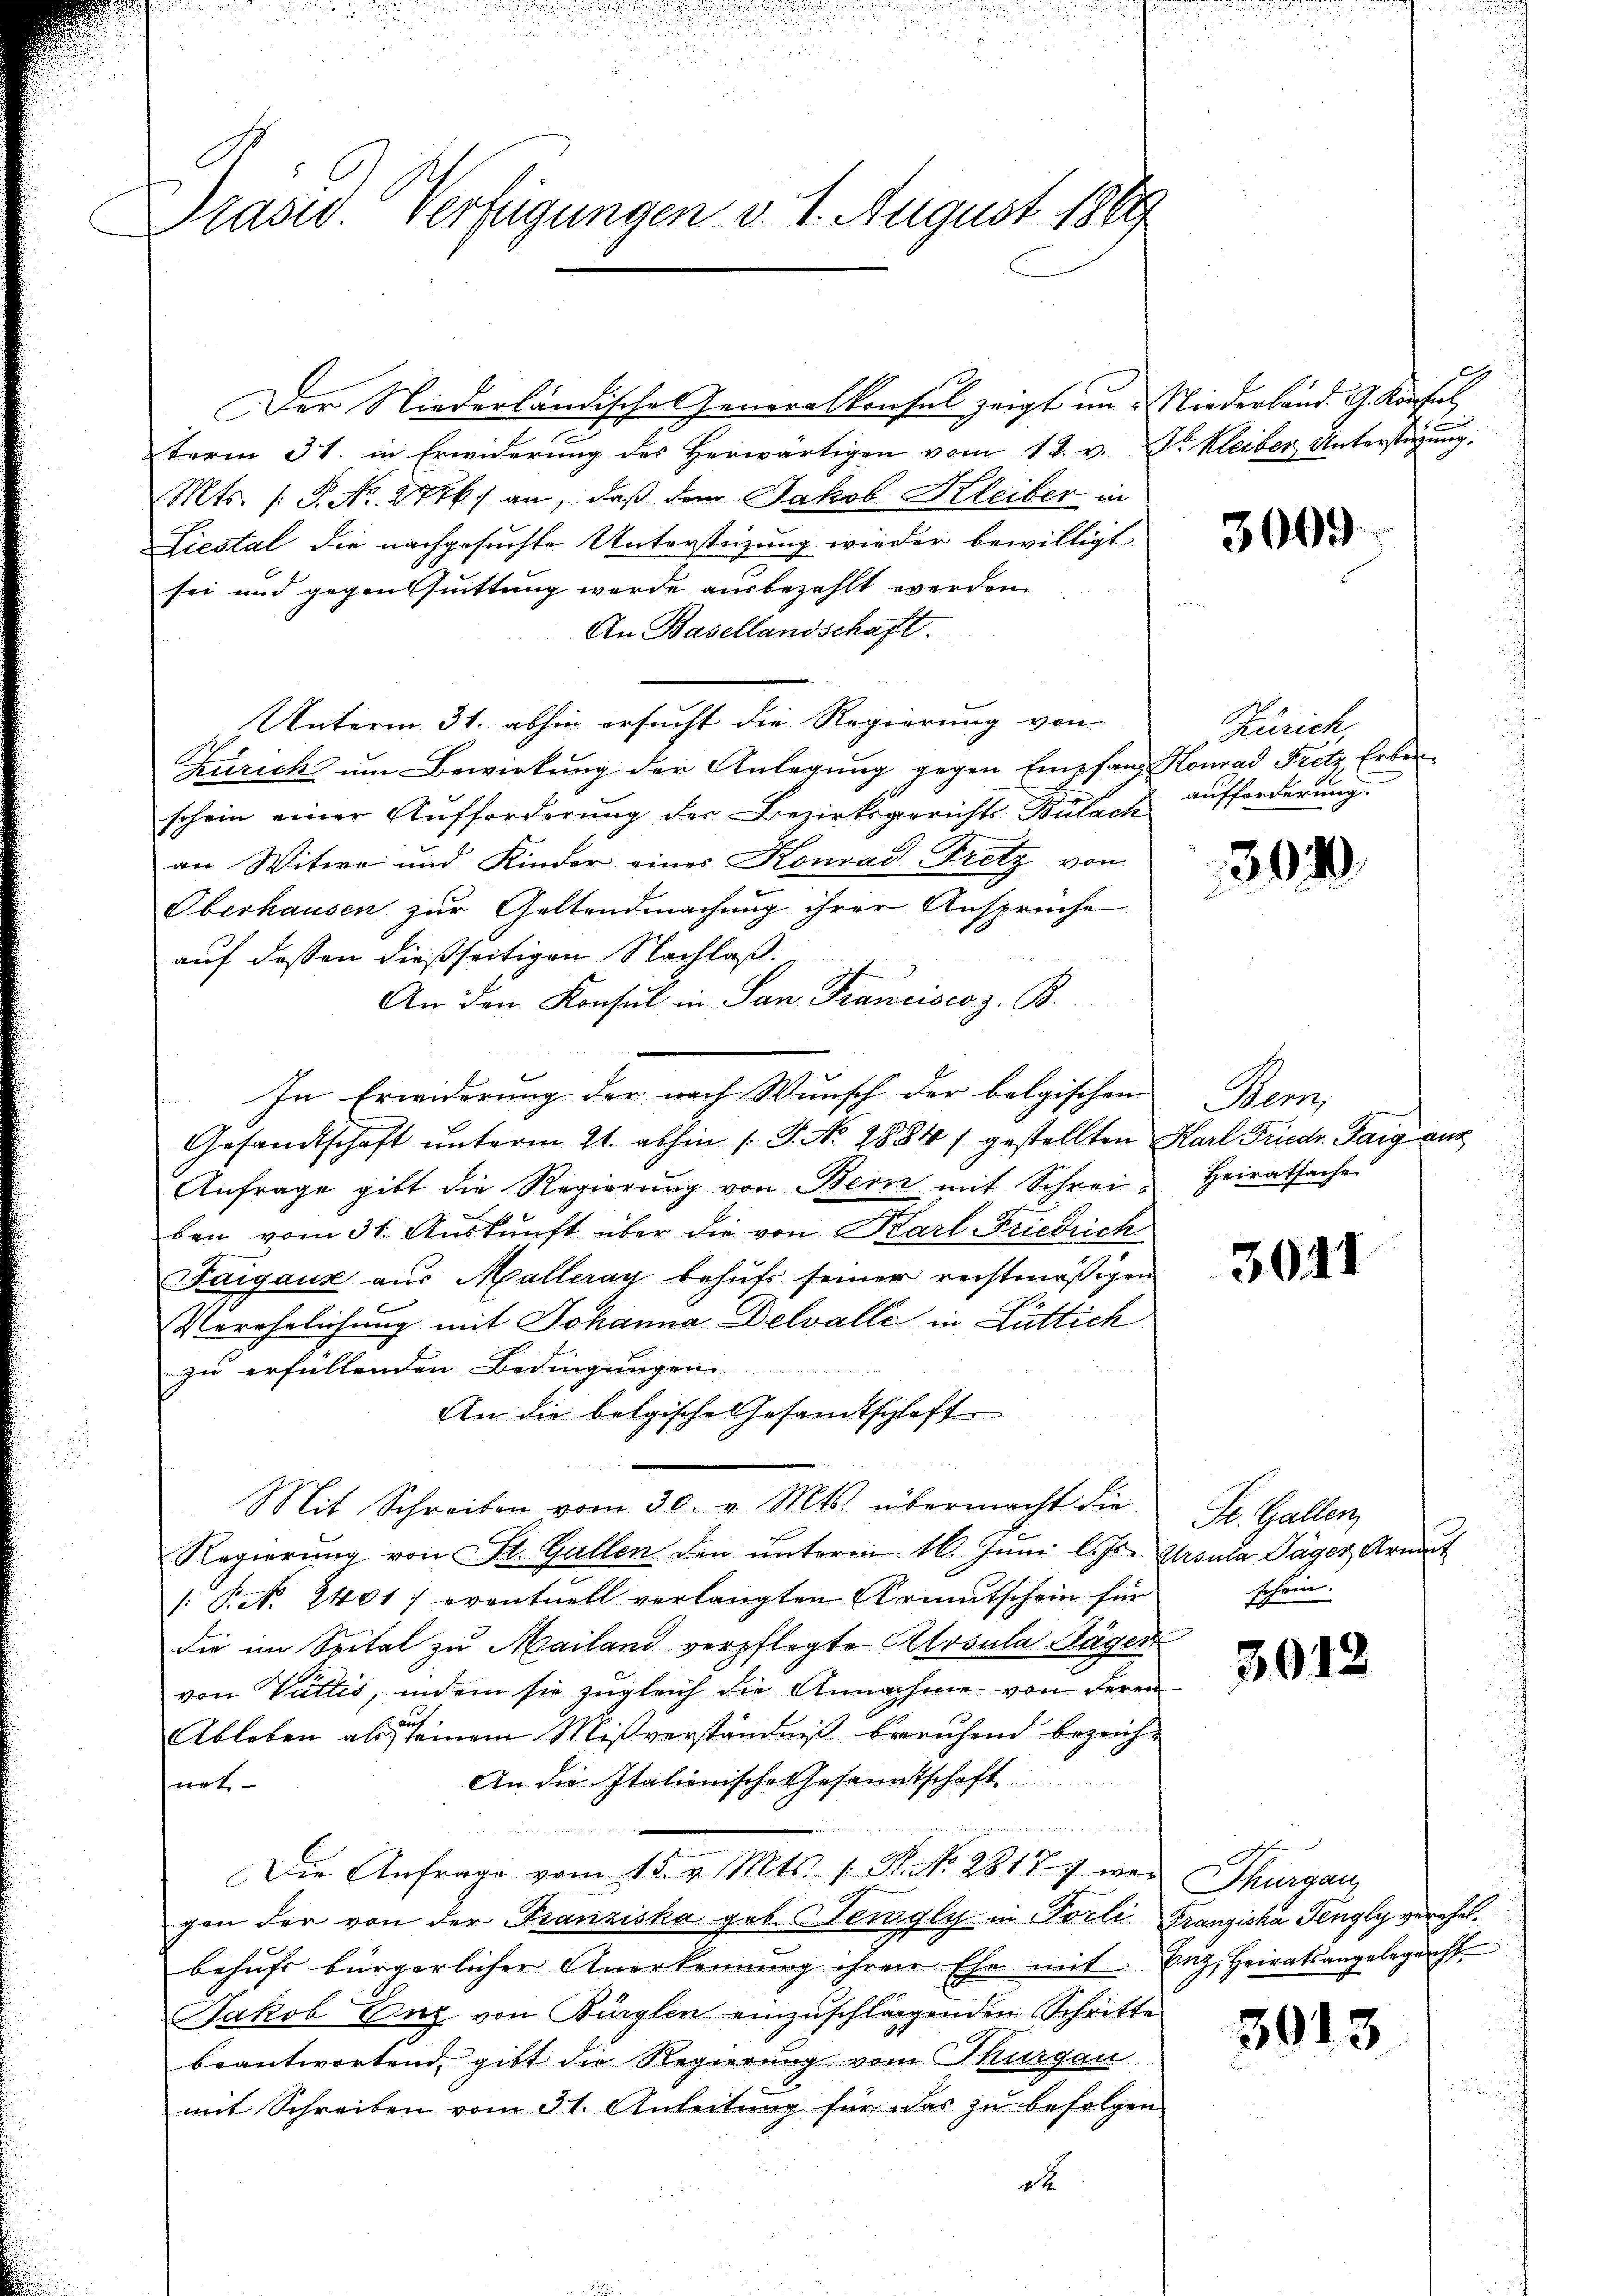
Präsid. Verfügungen v. 1. August 1849

term 31. in Erwiderung des Herwärtigen vom 12. v. Dr Kleiber Unterstüzung
Mts. (: P. Nr. 2776) an, daß dem Jakob Kleiber in
Liestal die nachgesuchte Unterstüzung wieder bewilligt
sei und gegenssuittung werde ausbezahlt werden.
An Basellandschaft.
Unterm 31. abhin ersucht die Regierung von
Zürich um Bewirkung der Anlegung gegen Empfang Konrad Fritz, Erbenschein einer Aufforderung der Bezirksgerichts Bülach
an Witwe und Kinder eines Konrad Fretz von
Oberhausen zur Geltendmachung ihrer Ansprüche
auf dessen dießseitigen Nachlaß¬
An den Konsul in San Francisco z. B.
In Erwiderung der nach Wunsch der belgischen
Gesandtschaft unterm 21. abhin 1 S. No. 1884) gestellten Karl Friedr. Taig aus
Anfrage gibt die Regierŭng von Bern mit Schrei Heiratsache
ben vom 31. Auskunft über die von Karl Friedrich
Faigaux aus Malleray behŭfs seiner rechtmäßigen
Verehelichung mit Johanna Delvalle in Lüttich
zu erfüllenden Bedingungen
An die belgische Gesandtschaft
Mit Schreiben vom 30. v. Mts. übermacht die
Regierŭng von St. Gallen den ŭnterm 16. Jŭni l. Js. Ursula Jäger Armut
/: Pct. 2401) eventuell verlangten Armutschein für
die im Spital zu Mailand verpflegte Alosula Sager
von Vattis, indem sie zugleich die Annahme von deren
Ableben als seinem Mißverständniß beruhend bezeich¬
An die Italionische Gesandtschaft.
nat
Die Anfrage vom 15. v. Mts. 1. N. No. 28177 wes Thurgau,
gen der von der Franziska geb. Teigly in Porli Franziska Tengly verehel.
behŭfs bürgerlicher Anerkennung ihren Ehe mit Zŭz, Heiratsangelegenst
Jakob Enz von Bürglen einzuschläggenden Schritte
beantwortend, gibt die Regierung vom Thurgau
mit Schreiben vom 31. Anleitung für das zu befolgen
d

Der Niederländische Generalkonsel zeigt und Niederland. A. Konsul,

3009

Zürich,
aufforderung.

3040.

Mem

3011

St. Gallen,
schein.

3012

3013